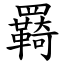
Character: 羇